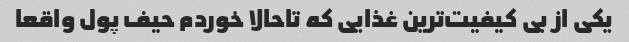
یکی از بی کیفیت‌ترین غذایی که تاحالا خوردم حیف پول واقعا